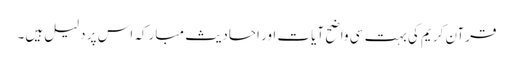
قرآن کریم کی بہت سی واضح آیات اور احادیث مبارکہ اس پر دلیل ہیں۔